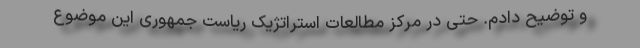
و توضیح دادم. حتی در مرکز مطالعات استراتژیک ریاست جمهوری این موضوع